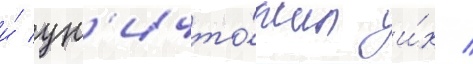
и́ ун'ичто́жил и́х /